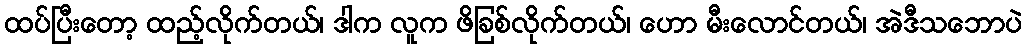
ထပ်ပြီးတော့ ထည့်လိုက်တယ်၊ ဒါက လူက ဖိခြစ်လိုက်တယ်၊ ဟော မီးလောင်တယ်၊ အဲဒီသဘောပဲ